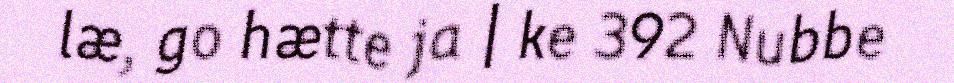
læ, go hætte ja | ke 392 Nubbe